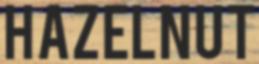
HAZELNUT